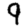
Digit: 9